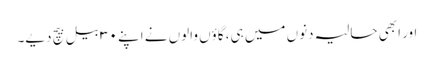
اور ابھی حالیہ دنوں میں ہی، گاؤں والوں نے اپنے ۳۰ بیل بیچ دیے۔